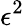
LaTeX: \epsilon^{2}